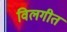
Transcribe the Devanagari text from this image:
विलगीत